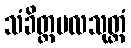
သံခိတ္တဗလသုတ္တံ